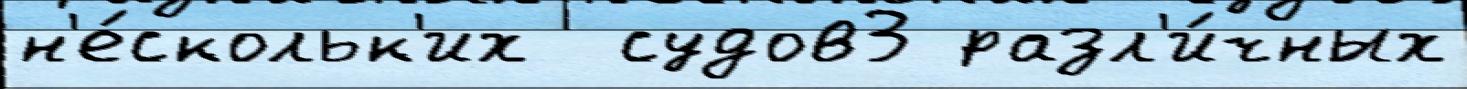
н'е́скольк'их  судов3 разл'и́чных